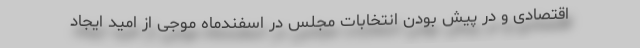
اقتصادی و در پیش بودن انتخابات مجلس در اسفندماه موجی از امید ایجاد